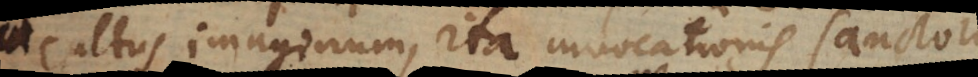
cultus imaginum, ita invocationis sanctorum